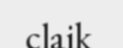
claik